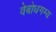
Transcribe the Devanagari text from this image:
वेबोधगम्य